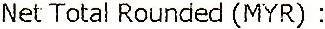
NET TOTAL ROUNDED (MYR) :